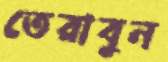
তেরাবুন